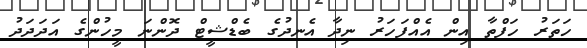
ހަތަރު ހަފްތާ އިން އެއްފަހަރު ނިދާ އެނދުގެ ބެޑްޝީޓް ދޮންނަ މީހުންގެ އަދަދަދު